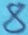
Text: 8